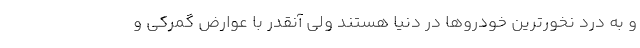
و به درد نخورترین خودروها در دنیا هستند ولی آنقدر با عوارض گمرکی و